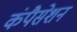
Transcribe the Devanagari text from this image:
कंपैसेशन